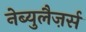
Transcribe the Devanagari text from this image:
नेब्युलैज़र्स